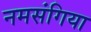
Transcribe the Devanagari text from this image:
नमसंगिया